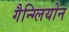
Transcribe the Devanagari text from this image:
गैन्ग्लियोन